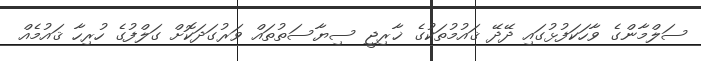
ސަލްމާންގެ ވާހަކަފުޅުގައި ދޭދޭ ޤައުމުތަކުގެ ޚާރިޖީ ސިޔާސަތުތައް ވަރުގަދަކޮށް ގަލްފުގެ ހުރިހާ ޤައުމެއް